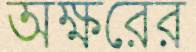
অক্ষরের